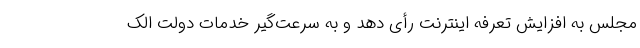
مجلس به افزایش تعرفه اینترنت رأی دهد و به سرعت‌گیر خدمات دولت الک